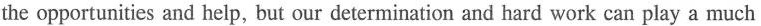
the opportunities and help, but our determination and hard work can play a much